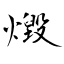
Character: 燬